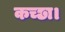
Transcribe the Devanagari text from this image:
कच्छा।